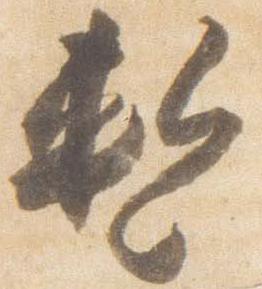
暫